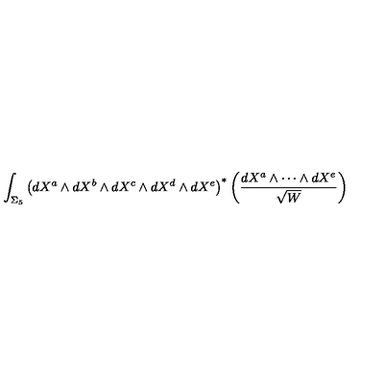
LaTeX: \int _ { \Sigma _ { 5 } } \left( d X ^ { a } \wedge { d } X ^ { b } \wedge { d } X ^ { c } \wedge { d } X ^ { d } \wedge { d } X ^ { e } \right) ^ { \ast } \left( \frac { d X ^ { a } \wedge \cdots \wedge { d } X ^ { e } } { \sqrt { W } } \right)